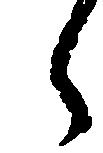
々